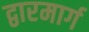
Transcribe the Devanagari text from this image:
द्वारमार्ग